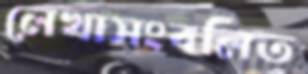
লেখাসংবলিত